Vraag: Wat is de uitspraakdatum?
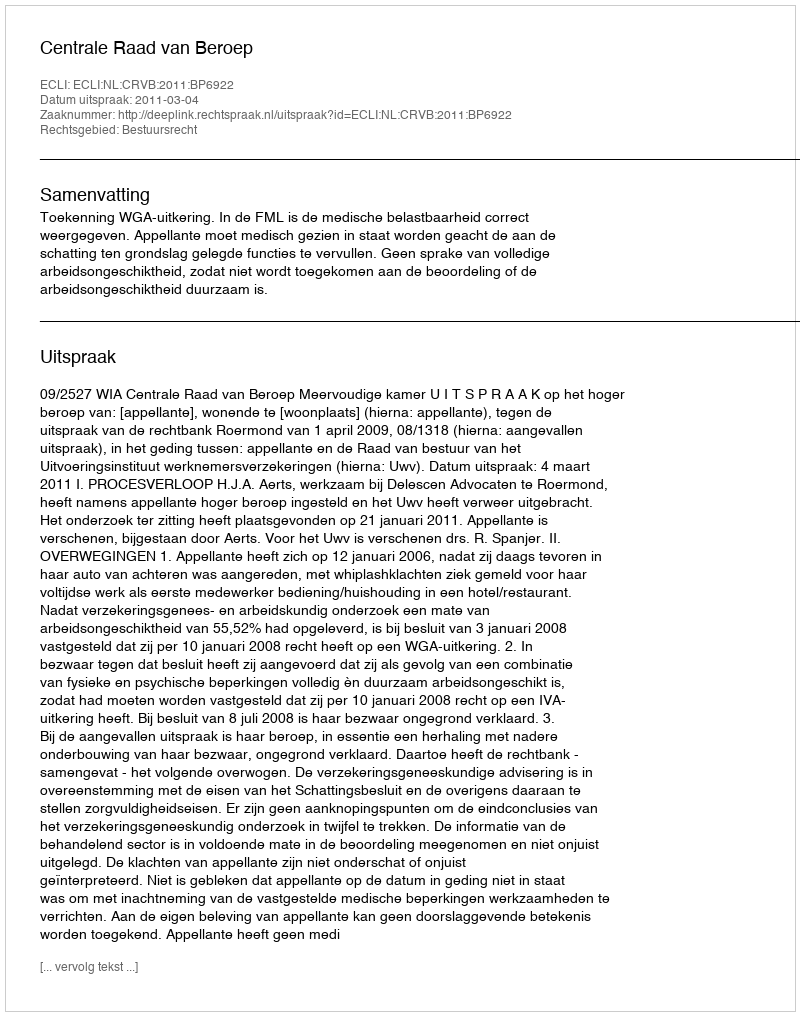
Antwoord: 2011-03-04